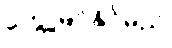
တွေ့မြင်နိုင်မည်